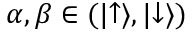
\alpha , \beta \in ( | { \uparrow } \rangle , | { \downarrow } \rangle )